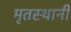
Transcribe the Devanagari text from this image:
मृतस्थानी